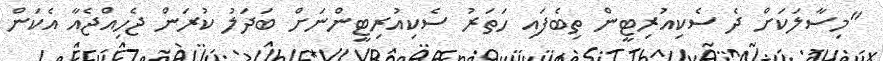
"މިސާލަކަށް ދެ ސެކިއުރިޓީން ތިބެފައި ހަތަރު ސެކިއުރިޓީންނަށް ބަދަލު ކުރަން ޖެހިއްޖެއާ އެކަން